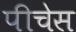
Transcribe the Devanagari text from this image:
पीचेस